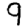
Digit: 9